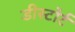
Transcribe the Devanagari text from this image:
डीस्टोर्ट